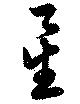
星